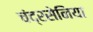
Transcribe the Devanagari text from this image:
चंद्रसेनिया